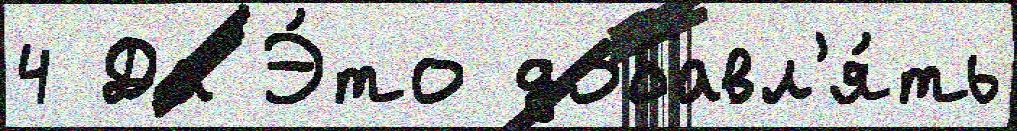
4 Да Э́то добавл'я́ть